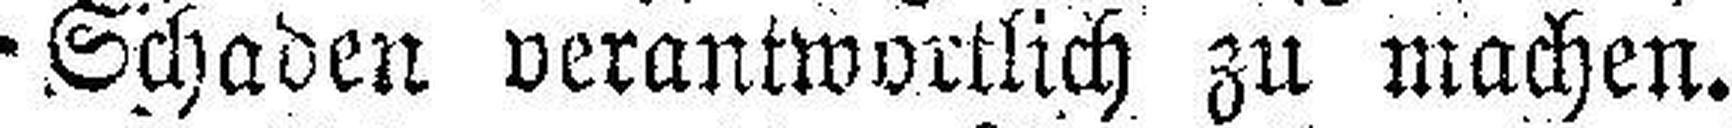
Schaden verantwortlich zu machen.